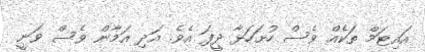
އައިޓަމް ތަކެއް ވެސް ހުށަހަޅާ ދީފަ އެވެ. އަދި އަމާން ވެސް ވަނީ